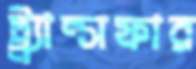
ট্র্র্যান্সফার